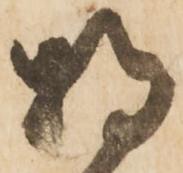
持